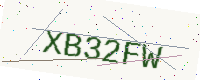
Text: XB32FW